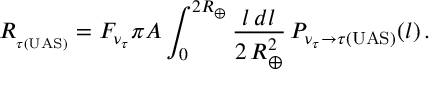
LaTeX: R _ { _ { \tau ( \mathrm { U A S } ) } } = F _ { \nu _ { \tau } } \pi A \int _ { 0 } ^ { 2 R _ { \oplus } } \frac { l \, d l } { 2 \, R _ { \oplus } ^ { 2 } } \, P _ { { \nu _ { \tau } } \rightarrow { \tau ( \mathrm { U A S ) } } } ( l ) \, .